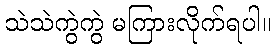
သဲသဲကွဲကွဲ မကြားလိုက်ရပါ။